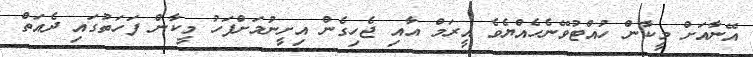
އޭނާއަށް މީކާން ހުއްޓުވޭނެހެއްޔެވެ އީރަމް އާއި ޖެހިގެން އިށީނުމަށްފަހު މީކާން ފަހަތުގައި ދެއަތް